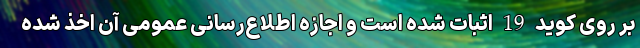
بر روی کوید 19 اثبات شده است و اجازه اطلاع‌رسانی عمومی آن اخذ شده